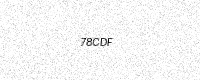
Text: 78CDF